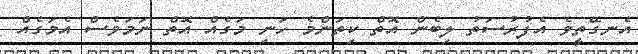
އެނގޭތީވެ އެފުރުސަތު ލިބެން އޮތް ކިތަންމެ ހަނި މަގެއް އޮތް ނަމަވެސް އެމަގެއް